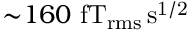
{ \sim } 1 6 0 ~ \mathrm { f T _ { r m s } \, s ^ { 1 / 2 } }